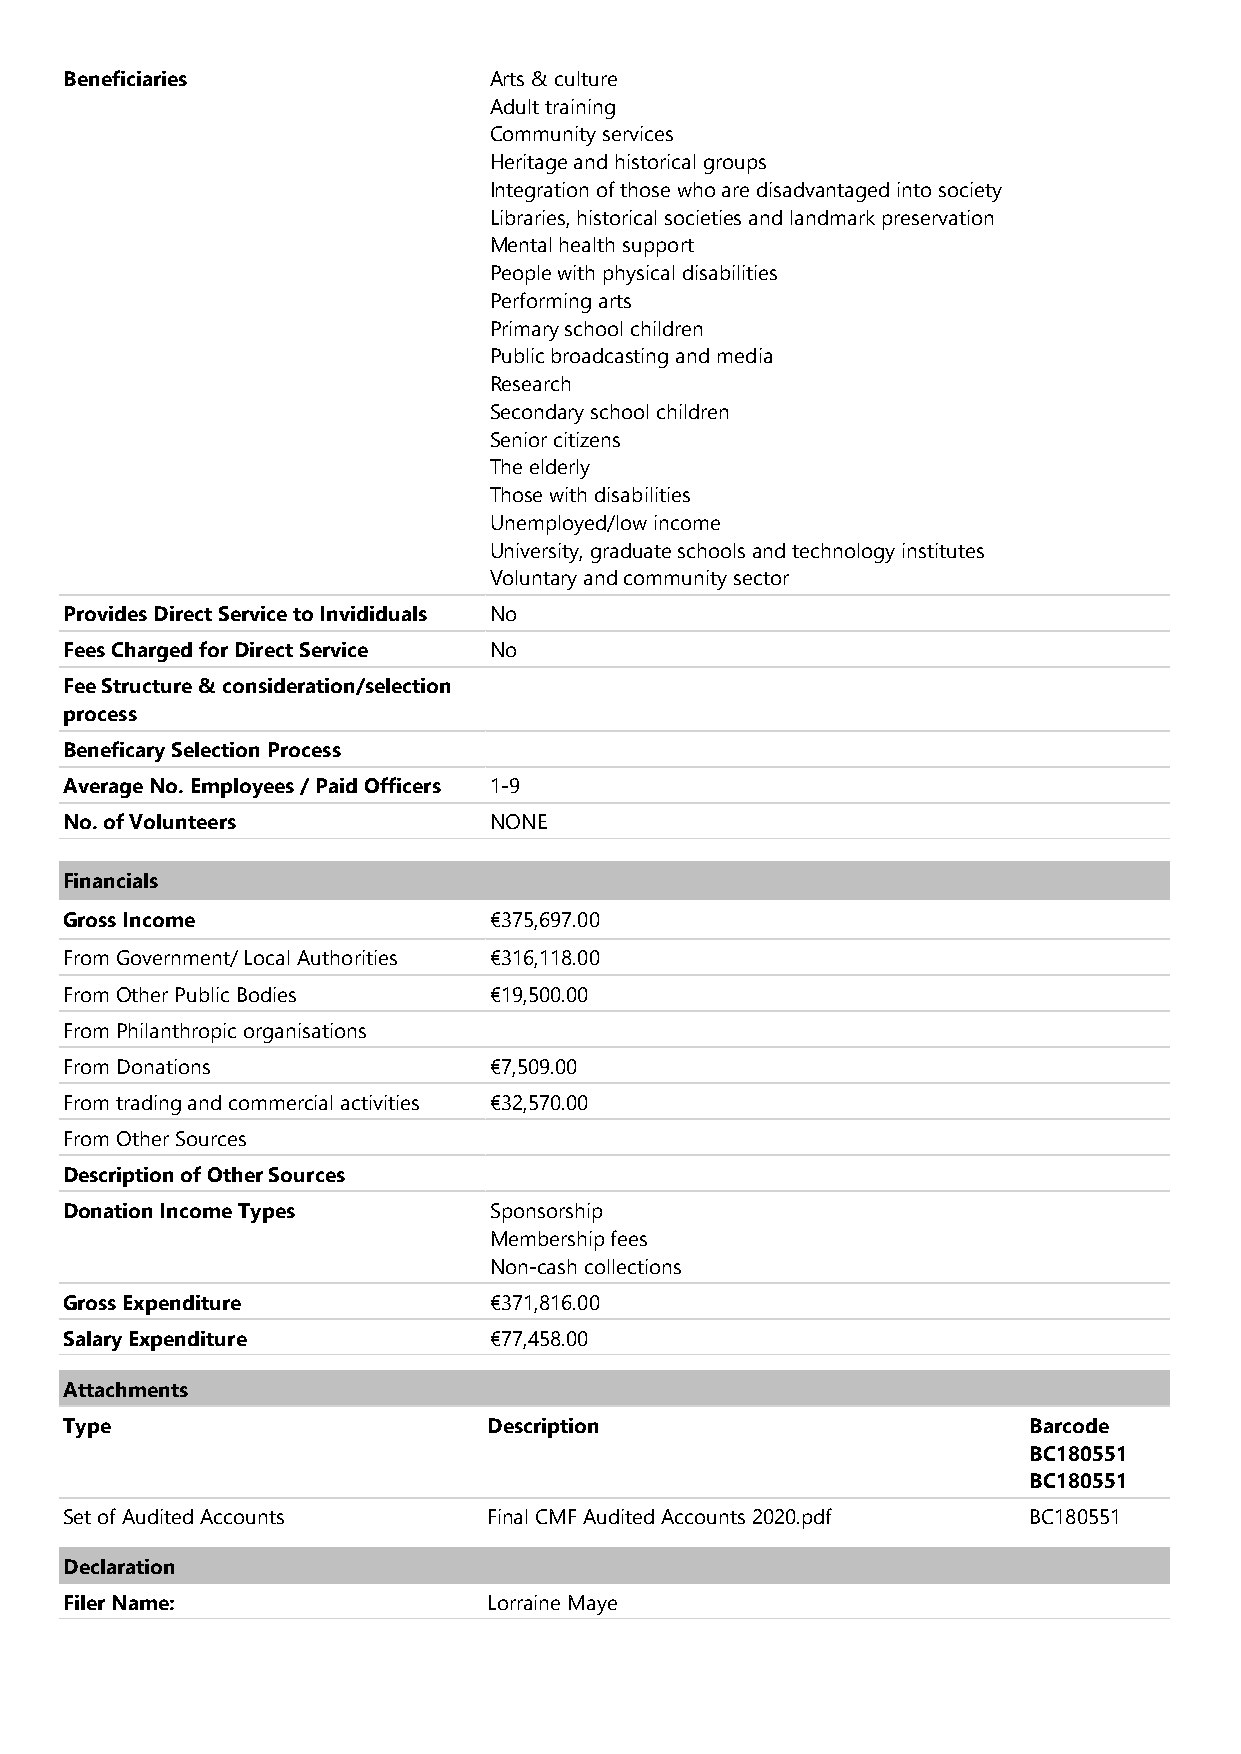
Beneficiaries               Arts & culture
 Adult training
 Community services
 Heritage and historical groups
 Integration of those who are disadvantaged into society
 Libraries, historical societies and landmark preservation
 Mental health support
 People with physical disabilities
 Performing arts
 Primary school children
 Public broadcasting and media
 Research
 Secondary school children
 Senior citizens
 The elderly
 Those with disabilities
 Unemployed/low income
 University, graduate schools and technology institutes
 Voluntary and community sector
 Provides Direct Service to Invididuals No
 Fees Charged for Direct Service No
 Fee Structure & consideration/selection
 process
 Beneficary Selection Process
 Average No. Employees / Paid Officers 1-9
 No. of Volunteers           NONE
 Financials
 Gross Income                €375,697.00
 From Government/ Local Authorities €316,118.00
 From Other Public Bodies    €19,500.00
 From Philanthropic organisations
 From Donations              €7,509.00
 From trading and commercial activities €32,570.00
 From Other Sources
 Description of Other Sources
 Donation Income Types       Sponsorship
 Membership fees
 Non-cash collections
 Gross Expenditure           €371,816.00
 Salary Expenditure          €77,458.00
 Attachments
 Type                        Description                         Barcode
 BC180551
 BC180551
 Set of Audited Accounts     Final CMF Audited Accounts 2020.pdf BC180551
 Declaration
 Filer Name:                 Lorraine Maye